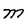
Character: m